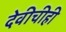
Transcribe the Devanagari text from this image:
देवीचीही